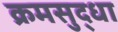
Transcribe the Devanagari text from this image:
क्रमसुद्धा